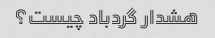
هشدار گردباد چیست؟